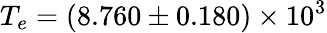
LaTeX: T_{e}=(8.760\pm 0.180)\times 10^{3}